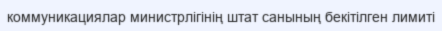
коммуникациялар министрлігінің штат санының бекітілген лимиті